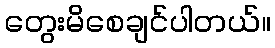
တွေးမိစေချင်ပါတယ်။